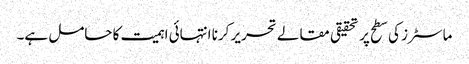
ماسٹرز کی سطح پر تحقیقی مقالے تحریر کرنا انتہائی اہمیت کا حامل ہے۔